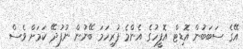
އޭގެ ސަބަބުން އޮޑިޓް އޮފީހުގެ އެންމެ ފުރިހަމަ ބޭނުން ނުފުދޭ ކަމަށް ވެސް